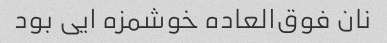
نان فوق‌العاده خوشمزه ایی بود